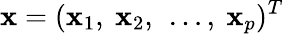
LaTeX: \mathbf{x}=(\mathbf{x}_{1},\ \mathbf{x}_{2},\ \ldots,\ \mathbf{x}_{p})^{T}